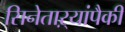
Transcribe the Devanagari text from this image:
सिनेताऱ्यांपैकी